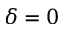
\delta = 0